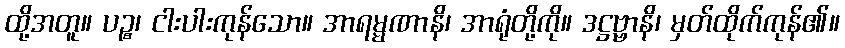
ထို့အတူ။ ပဉ္စ၊ ငါးပါးကုန်သော။ အာရမ္မဏာနိ၊ အာရုံတို့ကို။ ဒဋ္ဌဗ္ဗာနိ၊ မှတ်ထိုက်ကုန်၏။